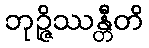
ဘုဉ္ဇိဿန္တီတိ